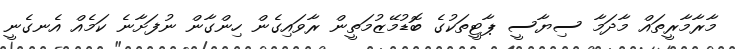
މާރާމާރީތައް މާދަމާ ސިޔާސީ ޕާޓީތަކުގެ ބޮޑުމޭޒުމަތީން ރާވައިގެން ހިންގާން ނުފަށާނެ ކަމެއް އެނގެނީ